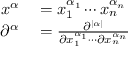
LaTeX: \begin{array} { r l } { x ^ { \alpha } } & { { } = x _ { 1 } ^ { \alpha _ { 1 } } \cdots x _ { n } ^ { \alpha _ { n } } } \\ { \partial ^ { \alpha } } & { { } = { \frac { \partial ^ { | \alpha | } } { \partial x _ { 1 } ^ { \alpha _ { 1 } } \cdots \partial x _ { n } ^ { \alpha _ { n } } } } } \end{array}